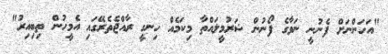
"އަހަންނަށް ފެނުނީ ނަވާގެ ފޯނުން ޝަރުމީލައްތާ މިކަމެއް ހިނގީ ރާއްޖެތެރޭގައި އެމީހުން ތިބިއިރު"